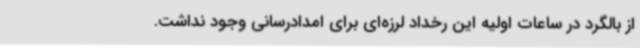
از بالگرد در ساعات اولیه این رخداد لرزه‌ای برای امدادرسانی وجود نداشت.